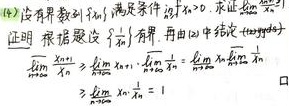
(4) 设有界数列 \(\{x_n\}\) 满足条件 \(x_n>0\)。求证 \(\varlimsup_{n\rightarrow\infty}\frac{1}{x_n}\geq\frac{1}{\varliminf_{n\rightarrow\infty}x_n}\)。

证明：依题设 \(\{x_n\}\) 有界，再由(2)中结论
\[\varlimsup_{n\rightarrow\infty}\frac{1}{x_n}\geq\varlimsup_{n\rightarrow\infty}x_n\cdot\varliminf_{n\rightarrow\infty}\frac{1}{x_n}=\varlimsup_{n\rightarrow\infty}x_n\varliminf_{n\rightarrow\infty}\frac{1}{x_n}\]
\[\geq\varliminf_{n\rightarrow\infty}x_n\cdot\varliminf_{n\rightarrow\infty}\frac{1}{x_n}= 1\]
\(\square\)